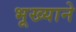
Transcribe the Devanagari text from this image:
भूख्याने